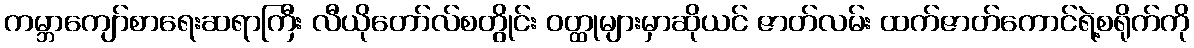
ကမ္ဘာကျော်စာရေးဆရာကြီး လီယိုတော်လ်စတွိုင်း ဝတ္ထုများမှာဆိုယင် ဇာတ်လမ်း ထက်ဇာတ်ကောင်ရဲ့စရိုက်ကို